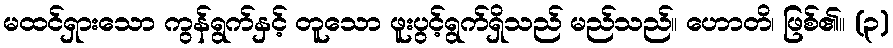
မထင်ရှားသော ကွန်ရွက်နှင့် တူသော ဖူးပွင့်ရွက်ရှိသည် မည်သည်။ ဟောတိ၊ ဖြစ်၏။ (၃)